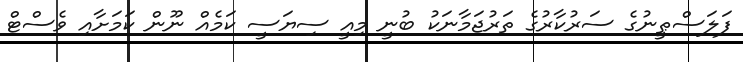
ފަލަސްޠީނުގެ ސަރުކާރުގެ ތަރުޖަމާނަކު ބުނީ މިއީ ސިޔަސީ ކަމެއް ނޫން ކަމަށާއި ވެސްޓް